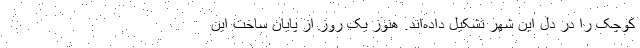
کوچک را در دل این شهر تشکیل داده‌اند. هنوز یک روز از پایان ساخت این